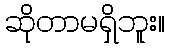
ဆိုတာမရှိဘူး။